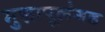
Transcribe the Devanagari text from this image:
मुझापूलंगड